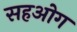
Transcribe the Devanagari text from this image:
सहओग